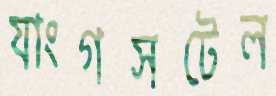
যাংগসটেল